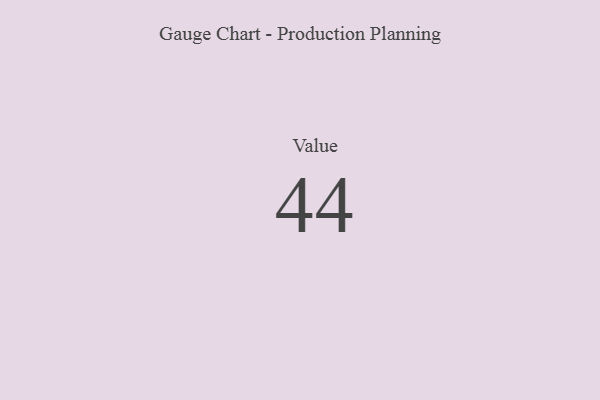
{"axis": {"x": "Metric", "y": "Value"}, "legend": [""], "data": [{"x": "Value", "y": 44, "type": ""}]}